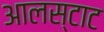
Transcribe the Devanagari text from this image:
आलस्टाट